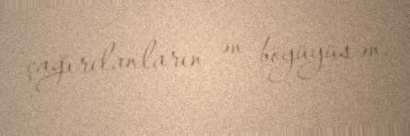
çağırılanların ən böyüyüsən.